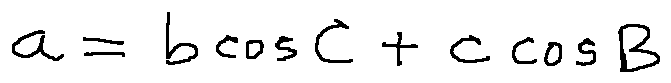
a = b \cos C + c \cos B